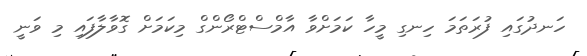
ހަނދުގައި ފުރަތަމަ ހިނގި މީހާ ކަމަށްވާ އާމްސްޓްރޯންގް މިކަމަށް ގޮވާލާފައި މި ވަނީ